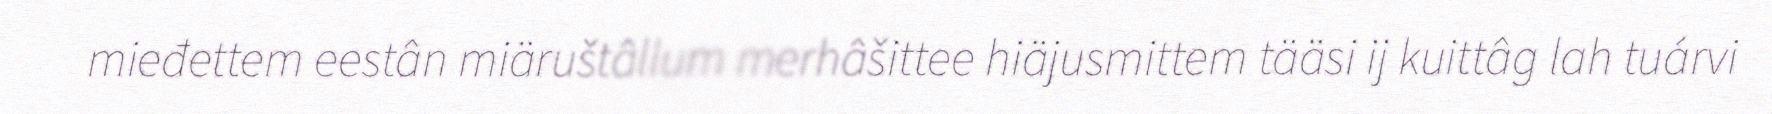
mieđettem eestân miäruštâllum merhâšittee hiäjusmittem tääsi ij kuittâg lah tuárvi